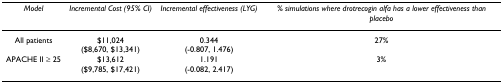
<table><thead><tr><td><b><i>Model</i></b></td><td><b><i>Incremental Cost (95% CI)</i></b></td><td><b><i>Incremental effectiveness (LYG)</i></b></td><td><b><i>% simulations where drotrecogin alfa has a lower effectiveness than placebo</i></b></td></tr></thead><tbody><tr><td>All patients</td><td>$11,024($8,670, $13,341)</td><td>0.344(-0.807, 1.476)</td><td>27%</td></tr><tr><td>APACHE II ≥ 25</td><td>$13,612($9,785, $17,421)</td><td>1.191(-0.082, 2.417)</td><td>3%</td></tr></tbody></table>